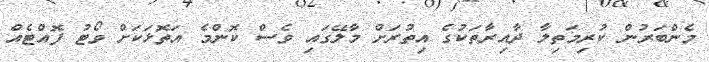
މެންބަރުން ކުރިމަތިލާ ދާއިރާތަކުގެ އިތުރަށް މާލޭގައި ވެސް ކޮންމެ އަތޮޅަކަށް ވޯޓު ފޮއްޓެއް